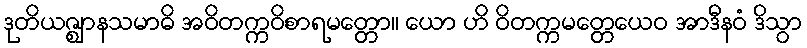
ဒုတိယဇ္ဈာနသမာဓိ အဝိတက္ကဝိစာရမတ္တော။ ယော ဟိ ဝိတက္ကမတ္တေယေဝ အာဒီနဝံ ဒိသွာ